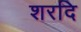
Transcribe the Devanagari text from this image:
शरदि